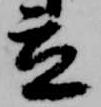
立